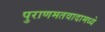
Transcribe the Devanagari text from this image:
पुराणमतवादामध्ये